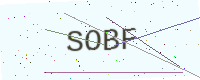
Text: SOBF